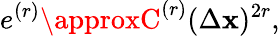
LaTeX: e^{(r)}\approxC^{(r)}(\Delta\mathbf{x})^{2r},